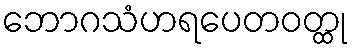
ဘောဂသံဟရပေတဝတ္ထု